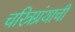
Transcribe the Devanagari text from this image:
चरित्रग्रंथाची